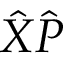
{ \hat { X } } { \hat { P } }